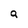
Character: a